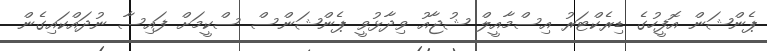
ޕެންޝަން އޮފީހުގެ ޑިރެކްޓަރު އިސްމާއީލް ޝުޖާއު ވިދާޅުވީ ޕެންޝަންސް ސްކީމަށް ފައިސާ ނުދައްކައިގެން